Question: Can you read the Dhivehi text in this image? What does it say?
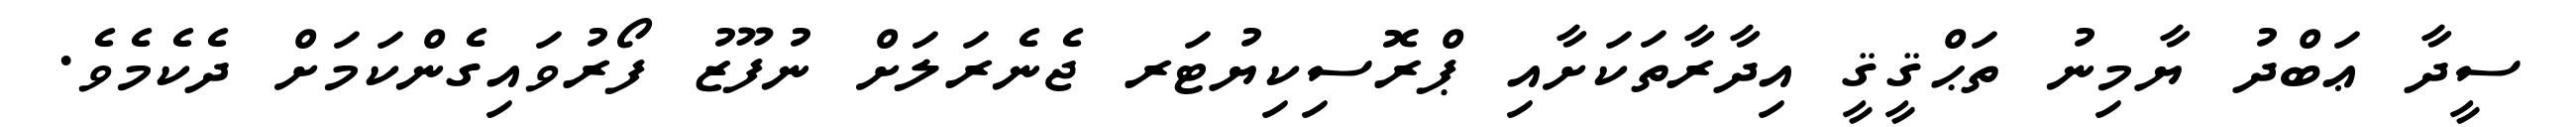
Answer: ސީދާ ޢަބްދު ޔާމިނު ތަޙްޤީޤީ އިދާރާތަކަށާއި ޕްރޮސިކިޔުޓަރ ޖެނެރަލަށް ނުފޫޒު ފޯރުވައިގެންކަމަށް ދެކެމެވެ.